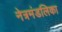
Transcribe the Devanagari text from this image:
नेत्रमंडलिका